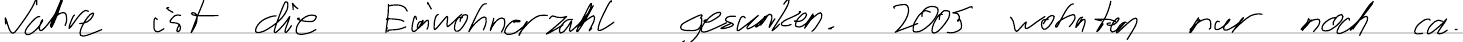
Jahre ist die Einwohnerzahl gesunken. 2005 wohnten nur noch ca.